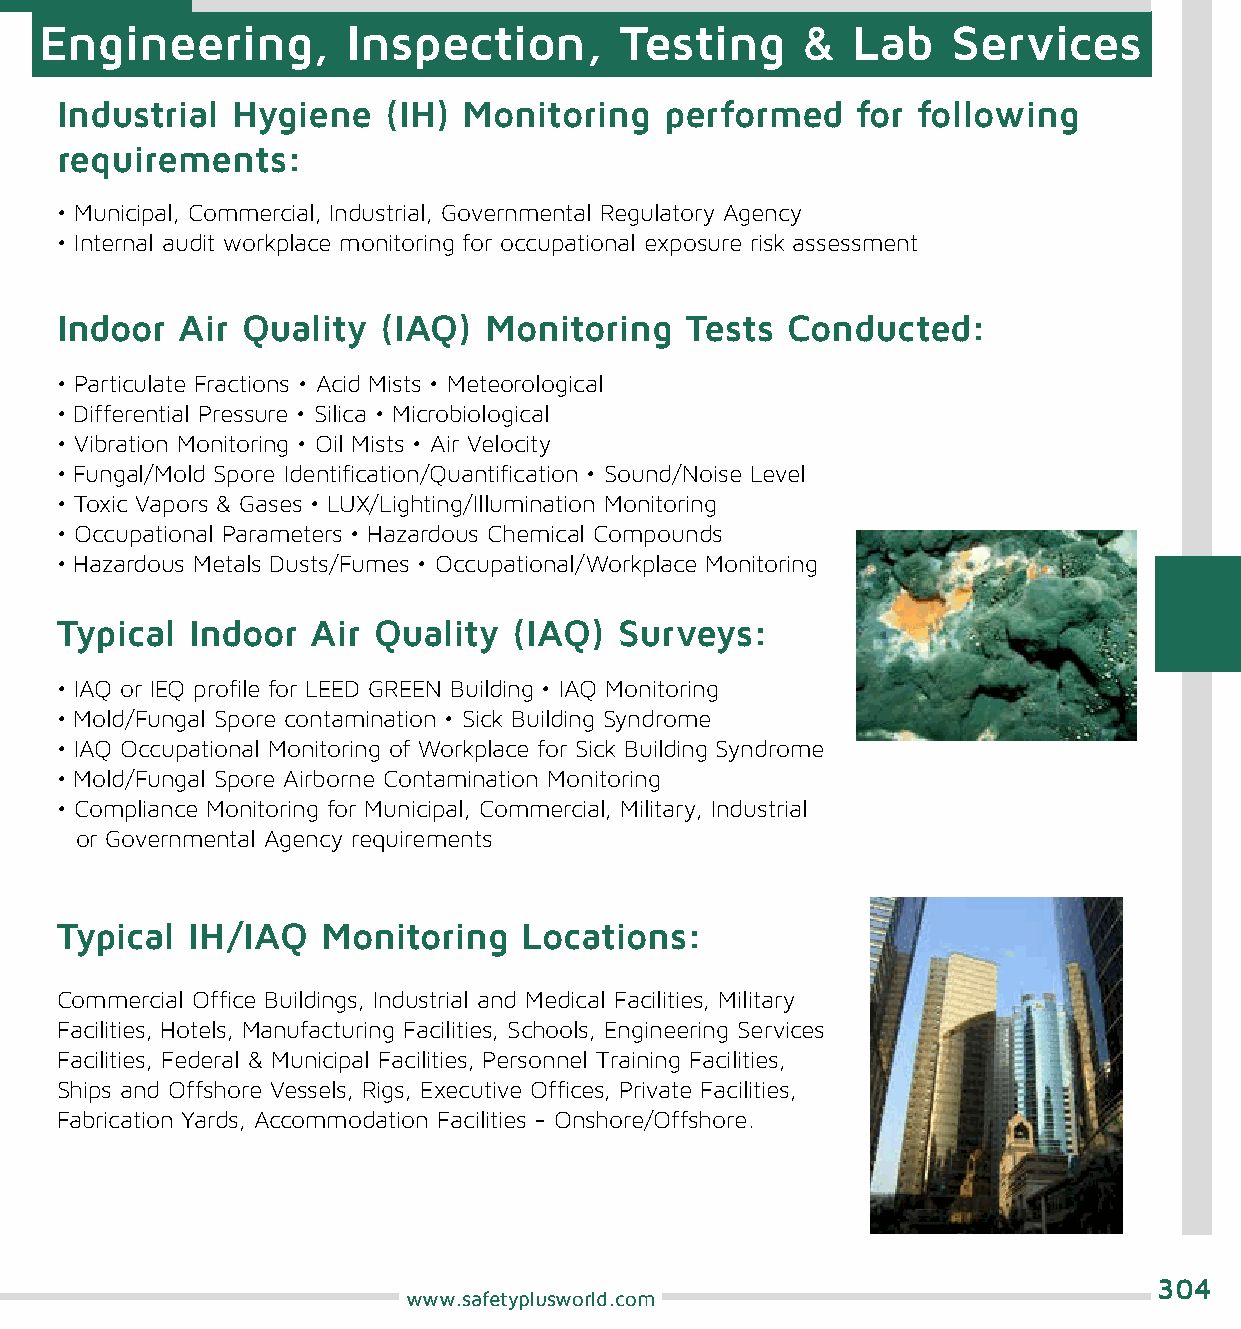
Engineering,        Inspection,       Testing     &  Lab    Services
 Industrial Hygiene    (IH) Monitoring   performed    for following
 requirements:
 • Municipal, Commercial, Industrial, Governmental Regulatory Agency
 • Internal audit workplace monitoring for occupational exposure risk assessment
 Indoor  Air Quality  (IAQ)  Monitoring   Tests  Conducted:
 • Particulate Fractions • Acid Mists • Meteorological
 • Differential Pressure • Silica • Microbiological
 • Vibration Monitoring • Oil Mists • Air Velocity
 • Fungal/Mold Spore Identification/Quantification • Sound/Noise Level
 • Toxic Vapors & Gases • LUX/Lighting/Illumination Monitoring
 • Occupational Parameters • Hazardous Chemical Compounds
 • Hazardous Metals Dusts/Fumes • Occupational/Workplace Monitoring
 Typical  Indoor  Air Quality  (IAQ)  Surveys:
 • IAQ or IEQ profile for LEED GREEN Building • IAQ Monitoring
 • Mold/Fungal Spore contamination • Sick Building Syndrome
 • IAQ Occupational Monitoring of Workplace for Sick Building Syndrome
 • Mold/Fungal Spore Airborne Contamination Monitoring
 • Compliance Monitoring for Municipal, Commercial, Military, Industrial
 or Governmental Agency requirements
 Typical  IH/IAQ  Monitoring    Locations:
 Commercial Office Buildings, Industrial and Medical Facilities, Military
 Facilities, Hotels, Manufacturing Facilities, Schools, Engineering Services
 Facilities, Federal & Municipal Facilities, Personnel Training Facilities,
 Ships and Offshore Vessels, Rigs, Executive Offices, Private Facilities,
 Fabrication Yards, Accommodation Facilities - Onshore/Offshore.
 304
 www.safetyplusworld.com